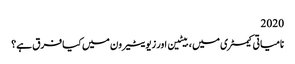
2020
نامیاتی کیمسٹری میں ، بیٹین اور زیویٹیرون میں کیا فرق ہے؟